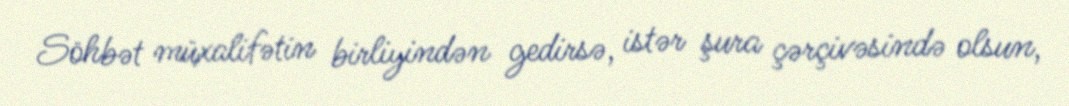
Söhbət müxalifətin birliyindən gedirsə, istər şura çərçivəsində olsun,